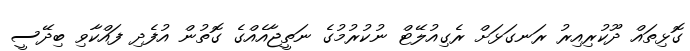
ގޮޅިތައް ދޫކުރިއިރު ރަނގަޅަށް ރެގިއުލޭޓް ނުކުރުމުގެ ނަތީޖާއެއްގެ ގޮތުން އުފެދި ފައްކާވި ބިދޭސީ